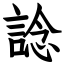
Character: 諗